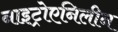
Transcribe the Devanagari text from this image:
नाइट्रोएनिलीन